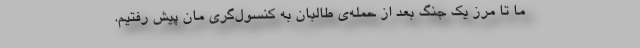
ما تا مرز یک جنگ بعد از حمله‌ی طالبان به کنسول‌گری مان پیش رفتیم.